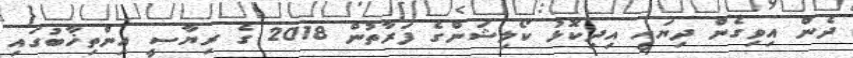
ދެން އިވިގެން ދިޔައީ އިދިކޮޅު ކޯލިޝަންގެ ފަރާތުން 2018 ގެ ރިޔާސީ އިންތިޚާބުގައި